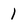
Character: 1